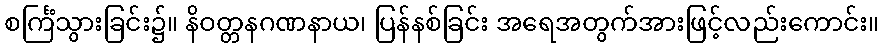
စင်္ကြံသွားခြင်း၌။ နိဝတ္တနဂဏနာယ၊ ပြန်နစ်ခြင်း အရေအတွက်အားဖြင့်လည်းကောင်း။